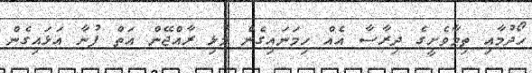
ހޯދުމާއި ތިމާވެށީގެ ދިރާސާ އެއް ހިމަނައިގެން މުޅި ރާއްޖޭން އަތް ފުނާ އަޅައިގެން